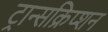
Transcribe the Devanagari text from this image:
ट्रान्सक्रिप्शन